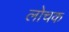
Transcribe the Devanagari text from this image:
लोचक